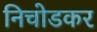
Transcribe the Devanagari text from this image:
निचोडकर